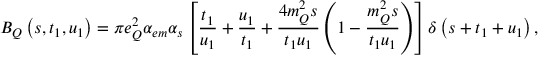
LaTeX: B _ { Q } \left( s , t _ { 1 } , u _ { 1 } \right) = \pi e _ { Q } ^ { 2 } \alpha _ { e m } \alpha _ { s } \left[ \frac { t _ { 1 } } { u _ { 1 } } + \frac { u _ { 1 } } { t _ { 1 } } + \frac { 4 m _ { Q } ^ { 2 } s } { t _ { 1 } u _ { 1 } } \left( 1 - \frac { m _ { Q } ^ { 2 } s } { t _ { 1 } u _ { 1 } } \right) \right] \delta \left( s + t _ { 1 } + u _ { 1 } \right) ,